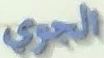
الجوي